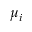
\mu _ { i }